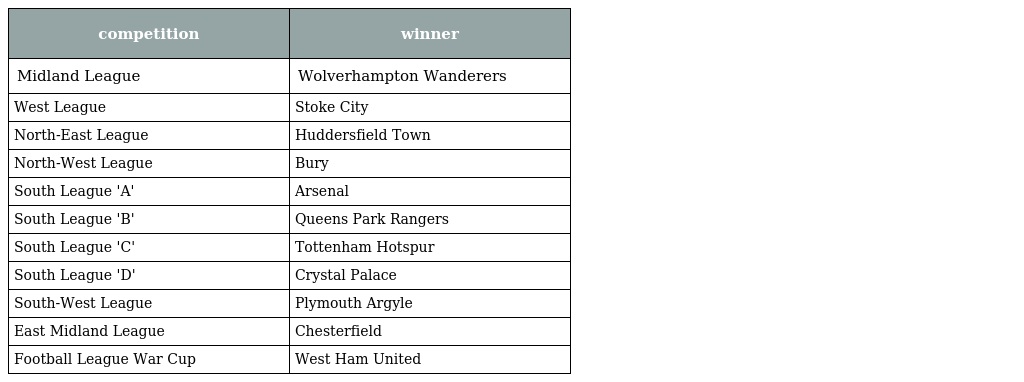
| competition | winner |
 | --- | --- |
 | Midland League | Wolverhampton Wanderers |
 | West League | Stoke City |
 | North-East League | Huddersfield Town |
 | North-West League | Bury |
 | South League 'A' | Arsenal |
 | South League 'B' | Queens Park Rangers |
 | South League 'C' | Tottenham Hotspur |
 | South League 'D' | Crystal Palace |
 | South-West League | Plymouth Argyle |
 | East Midland League | Chesterfield |
 | Football League War Cup | West Ham United |